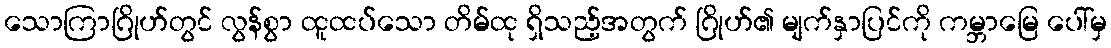
သောကြာဂြိုဟ်တွင် လွန်စွာ ထူထပ်သော တိမ်ထု ရှိသည့်အတွက် ဂြိုဟ်၏ မျက်နှာပြင်ကို ကမ္ဘာမြေ ပေါ်မှ